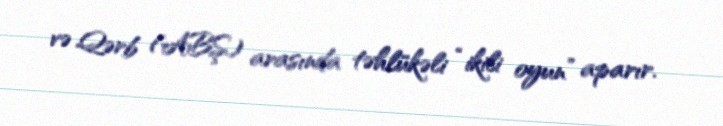
və Qərb (ABŞ) arasında təhlükəli “ikili oyun” aparır.